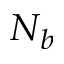
N _ { b }